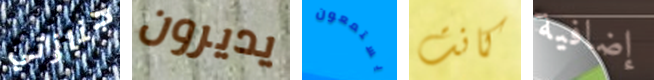
جنازتي يديرون يستمعون كانت إضافية